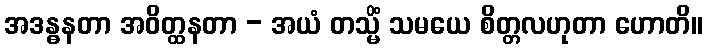
အဒန္ဓနတာ အဝိတ္ထနတာ - အယံ တသ္မိံ သမယေ စိတ္တလဟုတာ ဟောတိ။